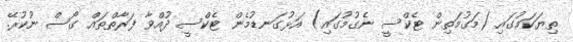
ތިޔަކަމުގައި (މަގުމަތިން ޓެކްސީ ނެގުމުގައި) އަޅުގަނޑުމެން ޓެކްސީ ދުއްވާ ފަރާތްތައް ގޯސް ނުކުރޭ.